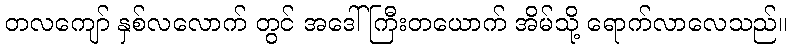
တလကျော် နှစ်လလောက် တွင် အဒေါ်ကြီးတယောက် အိမ်သို့ ရောက်လာလေသည်။